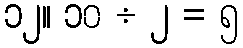
၁၂။ ၁၀ ÷ ၂ = ၅